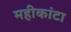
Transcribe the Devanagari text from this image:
महीकांटा